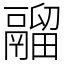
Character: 鬸